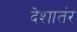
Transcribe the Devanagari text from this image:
देशातंर